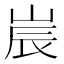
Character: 𡷰